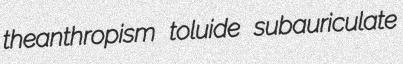
theanthropism toluide subauriculate